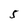
Character: 5